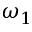
\omega _ { 1 }